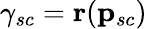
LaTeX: \gamma_{sc}=\mathbf{r}(\mathbf{p}_{sc})